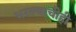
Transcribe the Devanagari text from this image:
भरल्याचीही